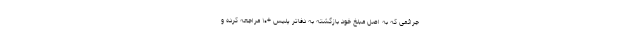
جرائمی که به اصل مبلغ خود بازگشته به دفاتر پلیس +۱۰ مراجعه کرده و